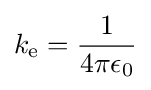
k_{\text{e}}={\frac {1}{4\pi \epsilon _{0}}}